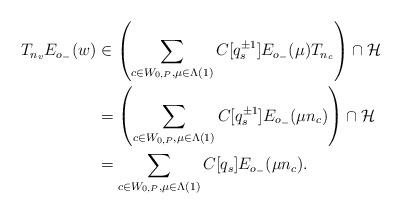
LaTeX: \begin{align*}T_{n_v}E_{o_-}(w) & \in\left(\sum_{c\in W_{0,P},\mu\in \Lambda(1)}C[q_s^{\pm 1}]E_{o_-}(\mu)T_{n_c}\right)\cap \mathcal{H}\\& = \left(\sum_{c\in W_{0,P},\mu\in \Lambda(1)}C[q_s^{\pm 1}]E_{o_-}(\mu n_c)\right)\cap \mathcal{H}\\& = \sum_{c\in W_{0,P},\mu\in \Lambda(1)}C[q_s]E_{o_-}(\mu n_c).\end{align*}